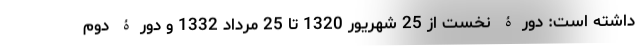
داشته است: دورۀ نخست از 25 شهریور 1320 تا 25 مرداد 1332 و دورۀ دوم